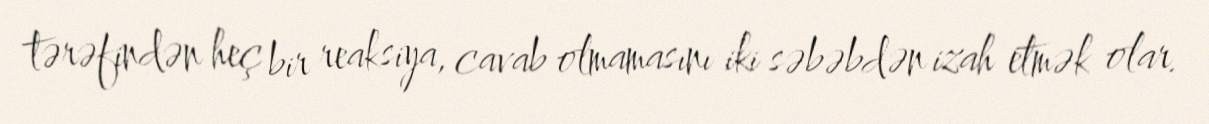
tərəfindən heç bir reaksiya, cavab olmamasını iki səbəbdən izah etmək olar.